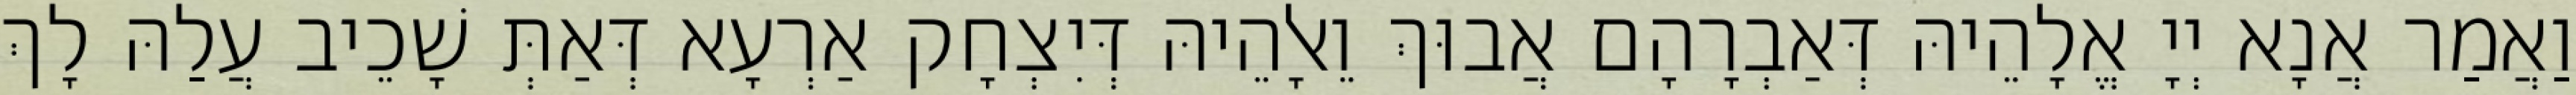
וַאֲמַר אֲנָא יְיָ אֱלָהֵיהּ דְּאַבְרָהָם אֲבוּךְ וֵאלָהֵיהּ דְּיִצְחָק אַרְעָא דְּאַתְּ שָׁכֵיב עֲלַהּ לָךְ